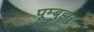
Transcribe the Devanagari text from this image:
पूम्बुहार